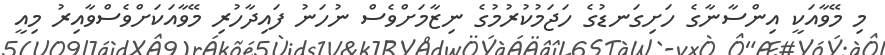
މި މޭވާއަކީ އިންސާނާގެ ހަށިގަނޑުގެ ހަޖަމުކުރުމުގެ ނިޒާމަށްވެސް ނުހަނު ފައިދާހުރި މޭވާއަކަށްވެސްވާއިރު މިއީ